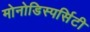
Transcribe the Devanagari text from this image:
मोनोडिस्पर्सिटी